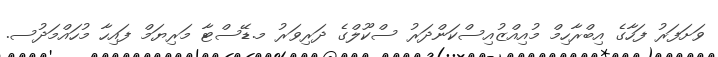
ވަށަފަރު ފަހާގެ އިބްރާހިމް މުއިއްޒުއިސްކަންދަރު ސްކޫލްގެ ދަރިވަރު މ.ޑޭސްޓާ މަރިޔަމް ފައިހާ މުހައްމަދުސ.